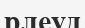
рлеуд